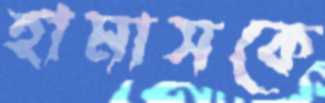
হামাসকে